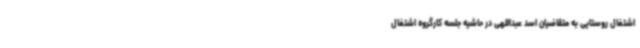
اشتغال روستایی به متقاضیان اسد عبداللهی در حاشیه جلسه کارگروه اشتغال